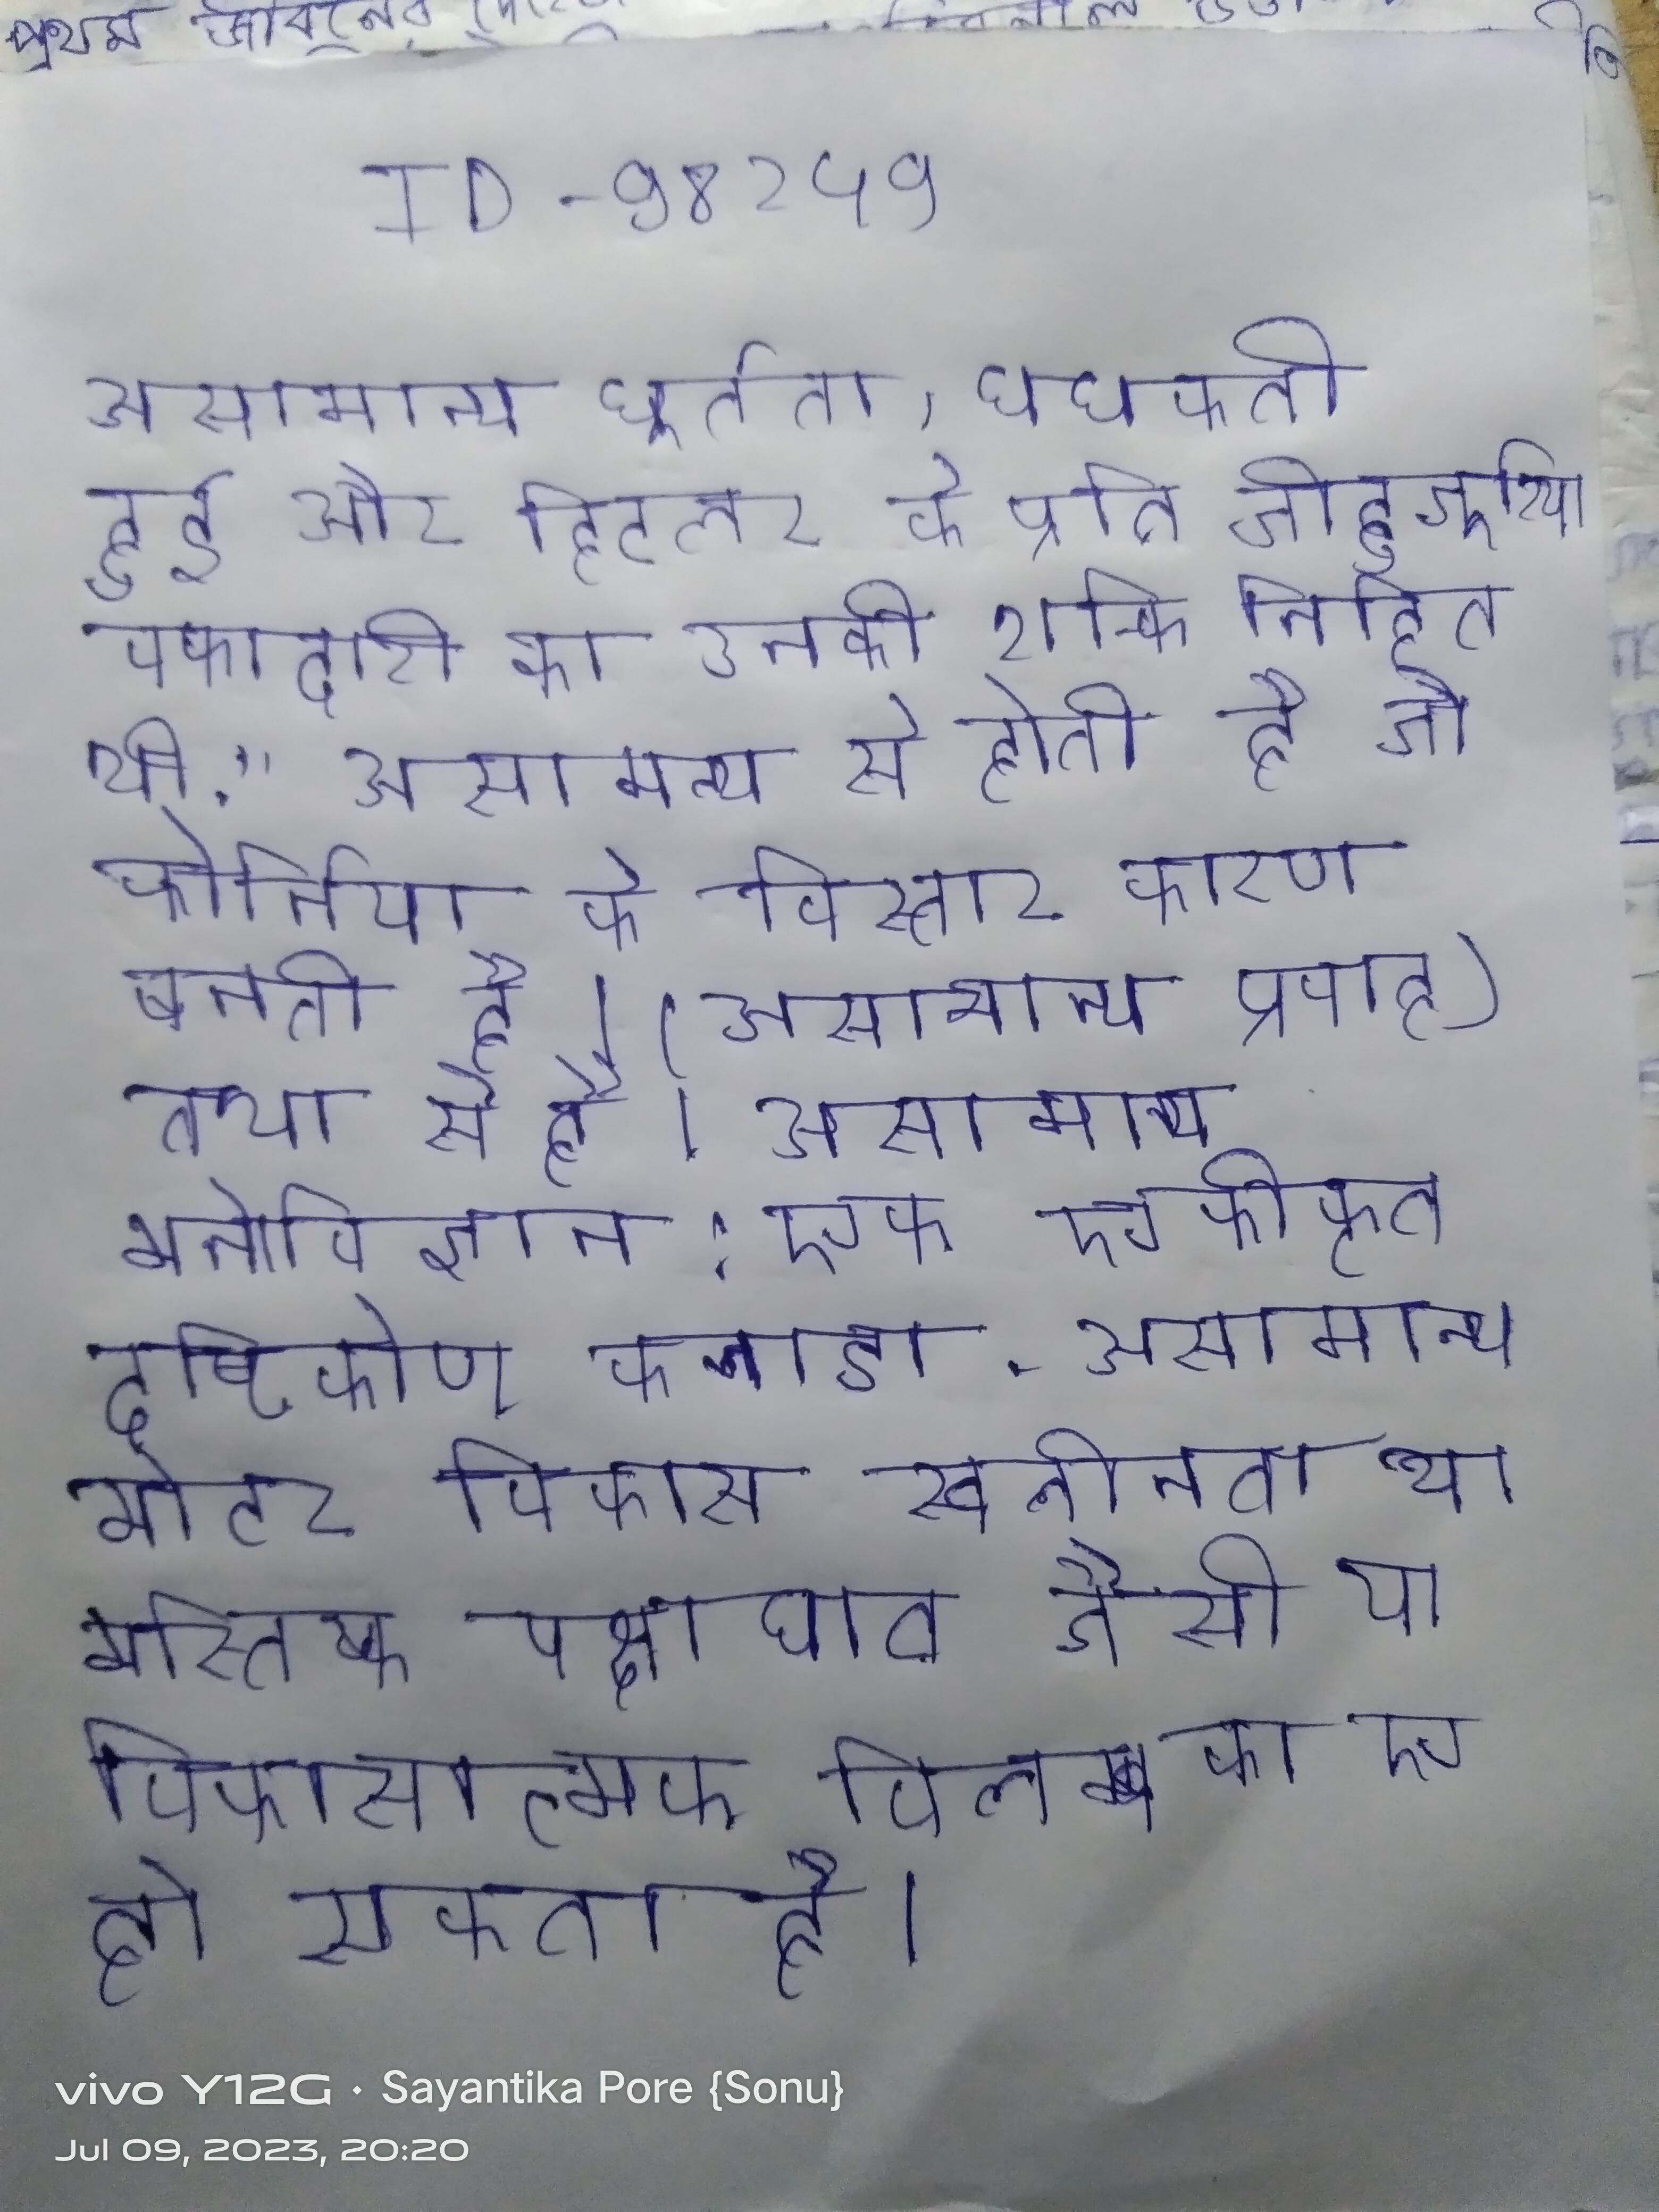
असामान्य धूर्तता, धधकती हुई और हिटलर के प्रति जीहुजूरिया वफादारी का उनकी शक्ति निहित थी." असामान्य से होती है जो कोर्निया के विस्तार कारण बनती है । असामान्य प्रवाह) तथा से है । असामान्य मनोविज्ञान: एक एकीकृत दृष्टिकोण कनाडा . असामान्य मोटर विकास स्वलीनता या मस्तिष्क पक्षाघात जैसी या विकासात्मक विलम्ब का एक हो सकता है ।